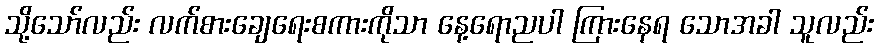
သို့သော်လည်း လက်စားချေရေးစကားကိုသာ နေ့ရောညပါ ကြားနေရ သောအခါ သူလည်း